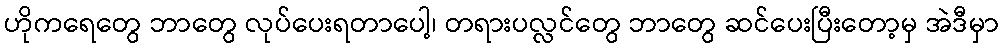
ဟိုကရေတွေ ဘာတွေ လုပ်ပေးရတာပေါ့၊ တရားပလ္လင်တွေ ဘာတွေ ဆင်ပေးပြီးတော့မှ အဲဒီမှာ